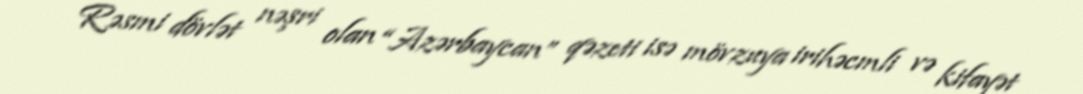
Rəsmi dövlət nəşri olan “Azərbaycan” qəzeti isə mövzuya irihəcmli və kifayət